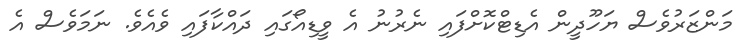
މަންޒަރުވެސް ޔަހޫދީން އެޑިޓްކޮށްފައި ނެރުނު އެ ވީޑިއޯގައި ދައްކާފައި ވެއެވެ. ނަމަވެސް އެ